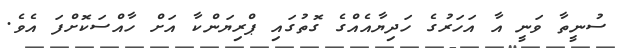
ސުނީތާ ވަނީ އާ އަހަރުގެ ހަދިޔާއެއްގެ ގޮތުގައި ޕްރިޔަންކާ އަށް ހާއްސަކޮށްފަ އެވެ.